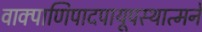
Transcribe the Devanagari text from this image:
वाक्पाणिपादपायूपस्थात्मने